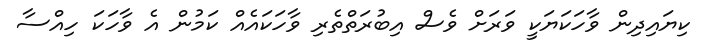
ކިޔައިދިން ވާހަކަޔަކީ ވަރަށް ވެސް އިބުރަތްތެރި ވާހަކައެއް ކަމުން އެ ވާހަކަ ހިއްސާ